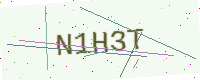
Text: N1H3T